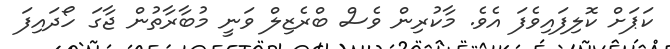
ކަޕަށް ކޮލިފައިވެފަ އެވެ. މާކުރިން ވެސް ބްރެޒިލް ވަނީ މުބާރާތުން ޖާގަ ހޯދައިފަ